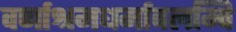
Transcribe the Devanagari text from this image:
वर्णाश्रमधर्मावलम्वि